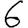
Digit: 6